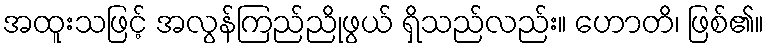
အထူးသဖြင့် အလွန်ကြည်ညိုဖွယ် ရှိသည်လည်း။ ဟောတိ၊ ဖြစ်၏။